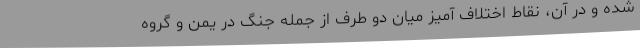
شده و در آن، نقاط اختلاف آمیز میان دو طرف از جمله جنگ در یمن و گروه